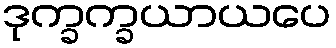
ဒုက္ခက္ခယာယပေ